Civil Veterinary Dept. Bombay admin report 1893-99 - 1893-1899
Year: 1893
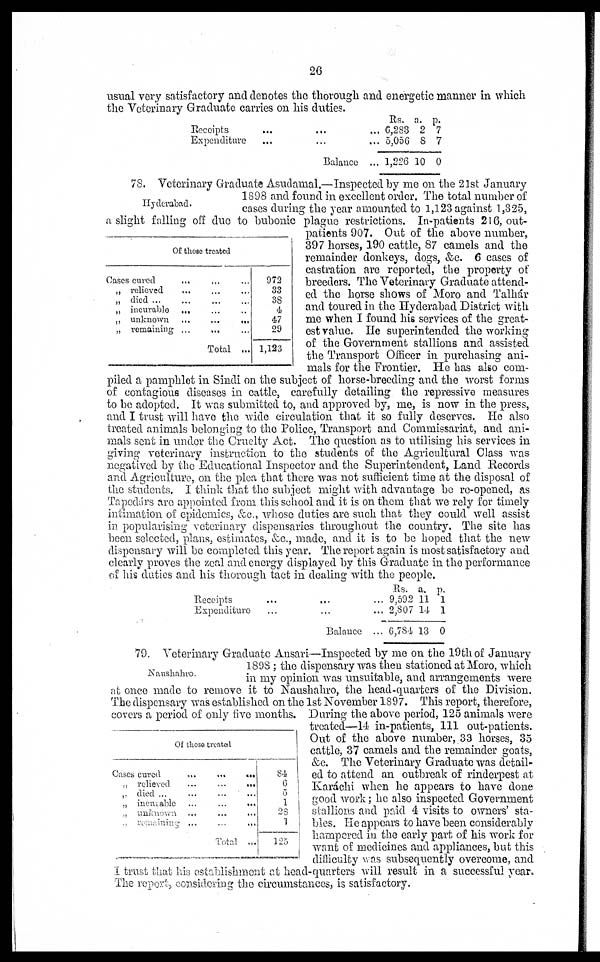
26
usual very satisfactory and denotes the thorough and energetic manner in which
the Veterinary Graduate carries on his duties.
Receipts
...
...
...
Expenditure
...
... ...
Balance...
Rs.
6,283
5,056
1,226
a.
2
8
10
p.
7
7
0
Hyderabad.
Of those treated
Cases cured ... ... ...
„ relieved
... ... ...
„ died ... ... ... ...
„ incurable ... ... ...
„ unknown ...
...
...
„ remaining ...
... ...
Total ...
972
33
38
4
47
29
1,123
78. Veterinary Graduate Asudamal.—Inspected by me on the 21st January
1898 and found in excellent order. The total number of
cases during the year amounted to 1,123 against 1,325,
a slight falling off due to bubonic plague restrictions. In-patients 216, out-
patients 907. Out of the above number,
397 horses, 190 cattle, 87 camels and the
remainder donkeys, dogs, &c. 6 cases of
castration are reported, the property of
breeders. The Veterinary Graduate attend-
ed the horse shows of Moro and Talhár
and toured in the Hyderabad District with
me when I found his services of the great-
est value. He superintended the working
of the Government stallions and assisted
the Transport Officer in purchasing ani-
mals for the Frontier. He has also com-
piled a pamphlet in Sindi on the subject of horse-breeding and the worst forms
of contagious diseases in cattle, carefully detailing the repressive measures
to be adopted. It was submitted to, and approved by, me, is now in the press,
and I trust will have the wide circulation that it so fully deserves. He also
treated animals belonging to the Police, Transport and Commissariat, and ani-
mals sent in under the Cruelty Act. The question as to utilising his services in
giving veterinary instruction to the students of the Agricultural Class was
negatived by the Educational Inspector and the Superintendent, Land Records
and Agriculture, on the plea that there was not sufficient time at the disposal of
the students. I think that the subject might with advantage be re-opened, as
Tapedárs are appointed from this school and it is on them that we rely for timely
intimation of epidemics, &c., whose duties are such that they could well assist
in popularising" veterinary dispensaries throughout the country. The site has
been selected, plans, estimates, &c., made, and it is to be hoped that the new
dispensary will be completed this year. The report again is most satisfactory and
clearly proves the zeal and energy displayed by this Graduate in the performance
of his duties and his thorough tact in dealing with the people.
Receipts
...
...
...
Expenditure
...
... ...
Balance ...
Rs.
9,592
2,807
6,784
a.
11
14
13
p.
1
1
0
Naushahro.
Of those treated
Cases cured
...
...
...
„ relieved
...
...
...
„ died
...
...
...
...
„ incurable ... ... ...
„ unknown ...
...
...
„ remaining ... ... ...
Total ...
84
6
5
1
28
1
125
79. Veterinary Graduate Ansari—Inspected by me on the 19th of January
1898 ; the dispensary was then stationed at Moro, which
in my opinion was unsuitable, and arrangements were
at once made to remove it to Naushahro, the head-quarters of the Division.
The dispensary was established on the 1st November 1897. This report, therefore,
covers a period of only five months. During the above period, 125 animals were
treated—14 in-patients, 111 out-patients.
Out of the above number, 33 horses, 35
cattle, 37 camels and the remainder goats,
&c. The Veterinary Graduate was detail-
ed to attend an outbreak of rinderpest at
Karáchi when he appears to have done
good work; he also inspected Government
stallions and paid 4 visits to owners' sta-
bles. He appears to have been considerably
hampered in the early part of his work for
want of medicines and appliances, but this
difficulty was subsequently overcome, and
I trust that his establishment at head-quarters will result in a successful year.
The report , considering the circumstances, is satisfactory.